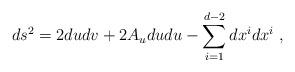
LaTeX: \begin{align*}ds^2 = 2dudv + 2A_u du du - \sum_{i=1}^{d-2} dx^i dx^i \ ,\end{align*}